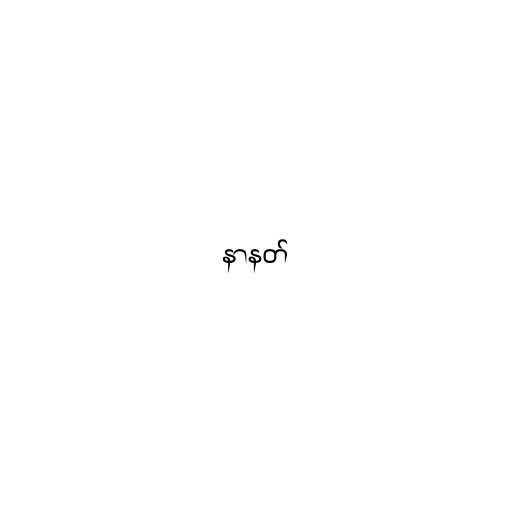
နာနတ်